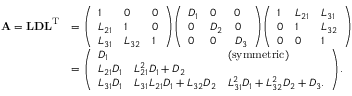
{ \begin{array} { r l } { \mathbf { A } = \mathbf { L D L } ^ { \mathrm { T } } } & { = { \left( \begin{array} { l l l } { 1 } & { 0 } & { 0 } \\ { L _ { 2 1 } } & { 1 } & { 0 } \\ { L _ { 3 1 } } & { L _ { 3 2 } } & { 1 } \end{array} \right) } { \left( \begin{array} { l l l } { D _ { 1 } } & { 0 } & { 0 } \\ { 0 } & { D _ { 2 } } & { 0 } \\ { 0 } & { 0 } & { D _ { 3 } } \end{array} \right) } { \left( \begin{array} { l l l } { 1 } & { L _ { 2 1 } } & { L _ { 3 1 } } \\ { 0 } & { 1 } & { L _ { 3 2 } } \\ { 0 } & { 0 } & { 1 } \end{array} \right) } } \\ & { = { \left( \begin{array} { l l l } { D _ { 1 } } & & { ( \mathrm { s y m m e t r i c } ) } \\ { L _ { 2 1 } D _ { 1 } } & { L _ { 2 1 } ^ { 2 } D _ { 1 } + D _ { 2 } } & \\ { L _ { 3 1 } D _ { 1 } } & { L _ { 3 1 } L _ { 2 1 } D _ { 1 } + L _ { 3 2 } D _ { 2 } } & { L _ { 3 1 } ^ { 2 } D _ { 1 } + L _ { 3 2 } ^ { 2 } D _ { 2 } + D _ { 3 } . } \end{array} \right) } . } \end{array} }